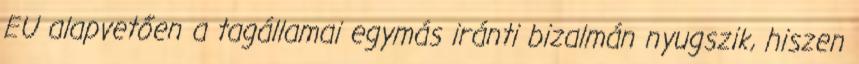
EU alapvetően a tagállamai egymás iránti bizalmán nyugszik, hiszen